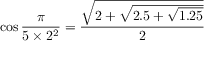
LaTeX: \cos { \frac { \pi } { 5 \times 2 ^ { 2 } } } = { \frac { \sqrt { 2 + { \sqrt { 2 . 5 + { \sqrt { 1 . 2 5 } } } } } } { 2 } }